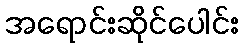
အရောင်းဆိုင်ပေါင်း